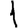
Digit: 1